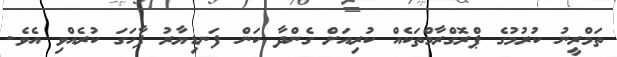
ތަމްރީނު ކުރުމުގެ ޕްރޮގްރާމްތަކެއް ކުރިއަށް ގެންދާ ކަން ފަނޑިޔާރު ފާހަގަ ކުރެއްވި އެވެ.